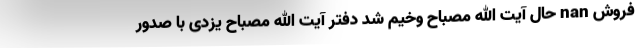
فروش nan حال آیت الله مصباح وخیم شد دفتر آیت الله مصباح یزدی با صدور